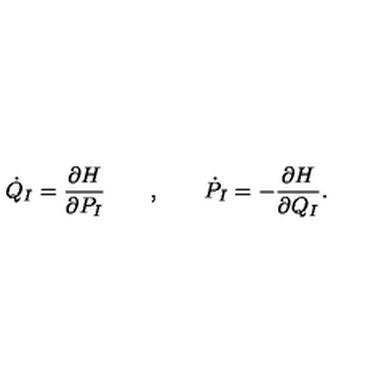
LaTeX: \dot { Q } _ { I } = { \frac { \partial H } { \partial P _ { I } } } \qquad , \qquad \dot { P } _ { I } = - { \frac { \partial H } { \partial Q _ { I } } } .